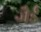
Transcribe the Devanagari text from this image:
जैर्ड